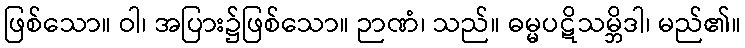
ဖြစ်သော။ ဝါ၊ အပြား၌ဖြစ်သော။ ဉာဏံ၊ သည်။ ဓမ္မပဋိသမ္ဘိဒါ၊ မည်၏။